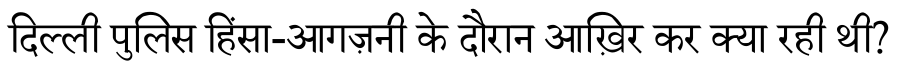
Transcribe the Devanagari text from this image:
दिल्ली पुलिस हिंसा-आगज़नी के दौरान आख़िर कर क्या रही थी?